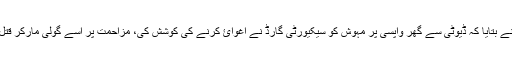
پولیس نے بتایا کہ ڈیوٹی سے گھر واپسی پر مہوش کو سیکیورٹی گارڈ نے اغوائ کرنے کی کوشش کی، مزاحمت پر اسے گولی مارکر قتل کردیا۔